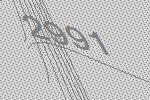
2991